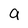
Character: g